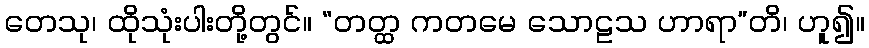
တေသု၊ ထိုသုံးပါးတို့တွင်။ “တတ္ထ ကတမေ သောဠသ ဟာရာ”တိ၊ ဟူ၍။